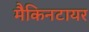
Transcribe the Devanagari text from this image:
मैकिनटायर